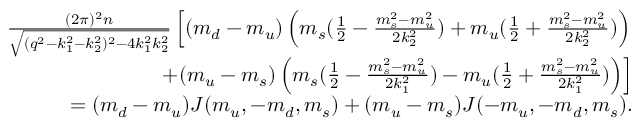
\begin{array} { r l r } & { } & { \frac { ( 2 \pi ) ^ { 2 } n } { \sqrt { ( q ^ { 2 } - k _ { 1 } ^ { 2 } - k _ { 2 } ^ { 2 } ) ^ { 2 } - 4 k _ { 1 } ^ { 2 } k _ { 2 } ^ { 2 } } } \left[ ( m _ { d } - m _ { u } ) \left( m _ { s } ( \frac { 1 } { 2 } - \frac { m _ { s } ^ { 2 } - m _ { u } ^ { 2 } } { 2 k _ { 2 } ^ { 2 } } ) + m _ { u } ( \frac { 1 } { 2 } + \frac { m _ { s } ^ { 2 } - m _ { u } ^ { 2 } } { 2 k _ { 2 } ^ { 2 } } ) \right) \right. } \\ & { } & { \left. + ( m _ { u } - m _ { s } ) \left( m _ { s } ( \frac { 1 } { 2 } - \frac { m _ { s } ^ { 2 } - m _ { u } ^ { 2 } } { 2 k _ { 1 } ^ { 2 } } ) - m _ { u } ( \frac { 1 } { 2 } + \frac { m _ { s } ^ { 2 } - m _ { u } ^ { 2 } } { 2 k _ { 1 } ^ { 2 } } ) \right) \right] } \\ & { } & { = ( m _ { d } - m _ { u } ) J ( m _ { u } , - m _ { d } , m _ { s } ) + ( m _ { u } - m _ { s } ) J ( - m _ { u } , - m _ { d } , m _ { s } ) . } \end{array}